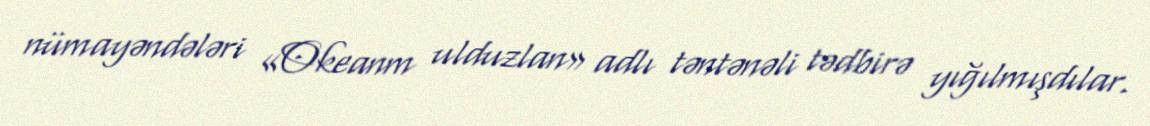
nümayəndələri «Okeanm ulduzlan» adlı təntənəli tədbirə yığılmışdılar.